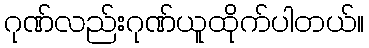
ဂုဏ်လည်းဂုဏ်ယူထိုက်ပါတယ်။